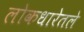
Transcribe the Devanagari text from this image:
लोकधारेतले